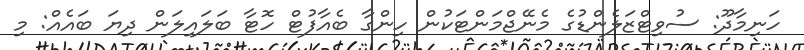
ހަނިމާދޫ: ސުވިޓްޒަލެންޑުގެ މެނޭޖްމަންޓަކުން ހިންގާ ބެއާފުޓް ހޮޓާ ބަލައިލަން ދިޔަ ބައެއް: މި